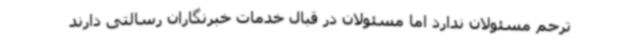
ترحم مسئولان ندارد اما مسئولان در قبال خدمات خبرنگاران رسالتی دارند